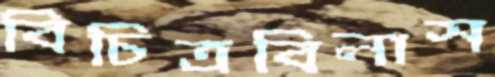
বিচিত্রবিলাস